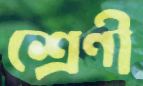
শ্রেণী